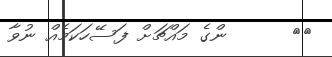
١٠      ންގެ މައްޗަށް ފަސޭހަކަމެއް ނުވާ